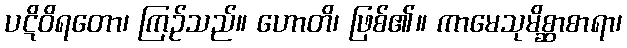
ပဋိဝိရတော၊ ကြဉ်သည်။ ဟောတိ၊ ဖြစ်၏။ ကာမေသုမိစ္ဆာစာရာ၊